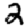
Digit: 2